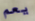
يعم